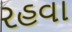
રહવા